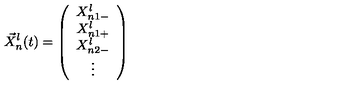
{ \vec { X } } _ { n } ^ { l } ( t ) = \left( \begin{array} { c } { X _ { n 1 - } ^ { l } } \\ { X _ { n 1 + } ^ { l } } \\ { X _ { n 2 - } ^ { l } } \\ { \vdots } \\ \end{array} \right)